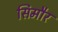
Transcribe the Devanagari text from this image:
सिमौर